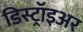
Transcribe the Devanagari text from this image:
डिस्ट्रॉइअर